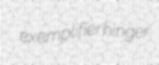
exemplifier hinger